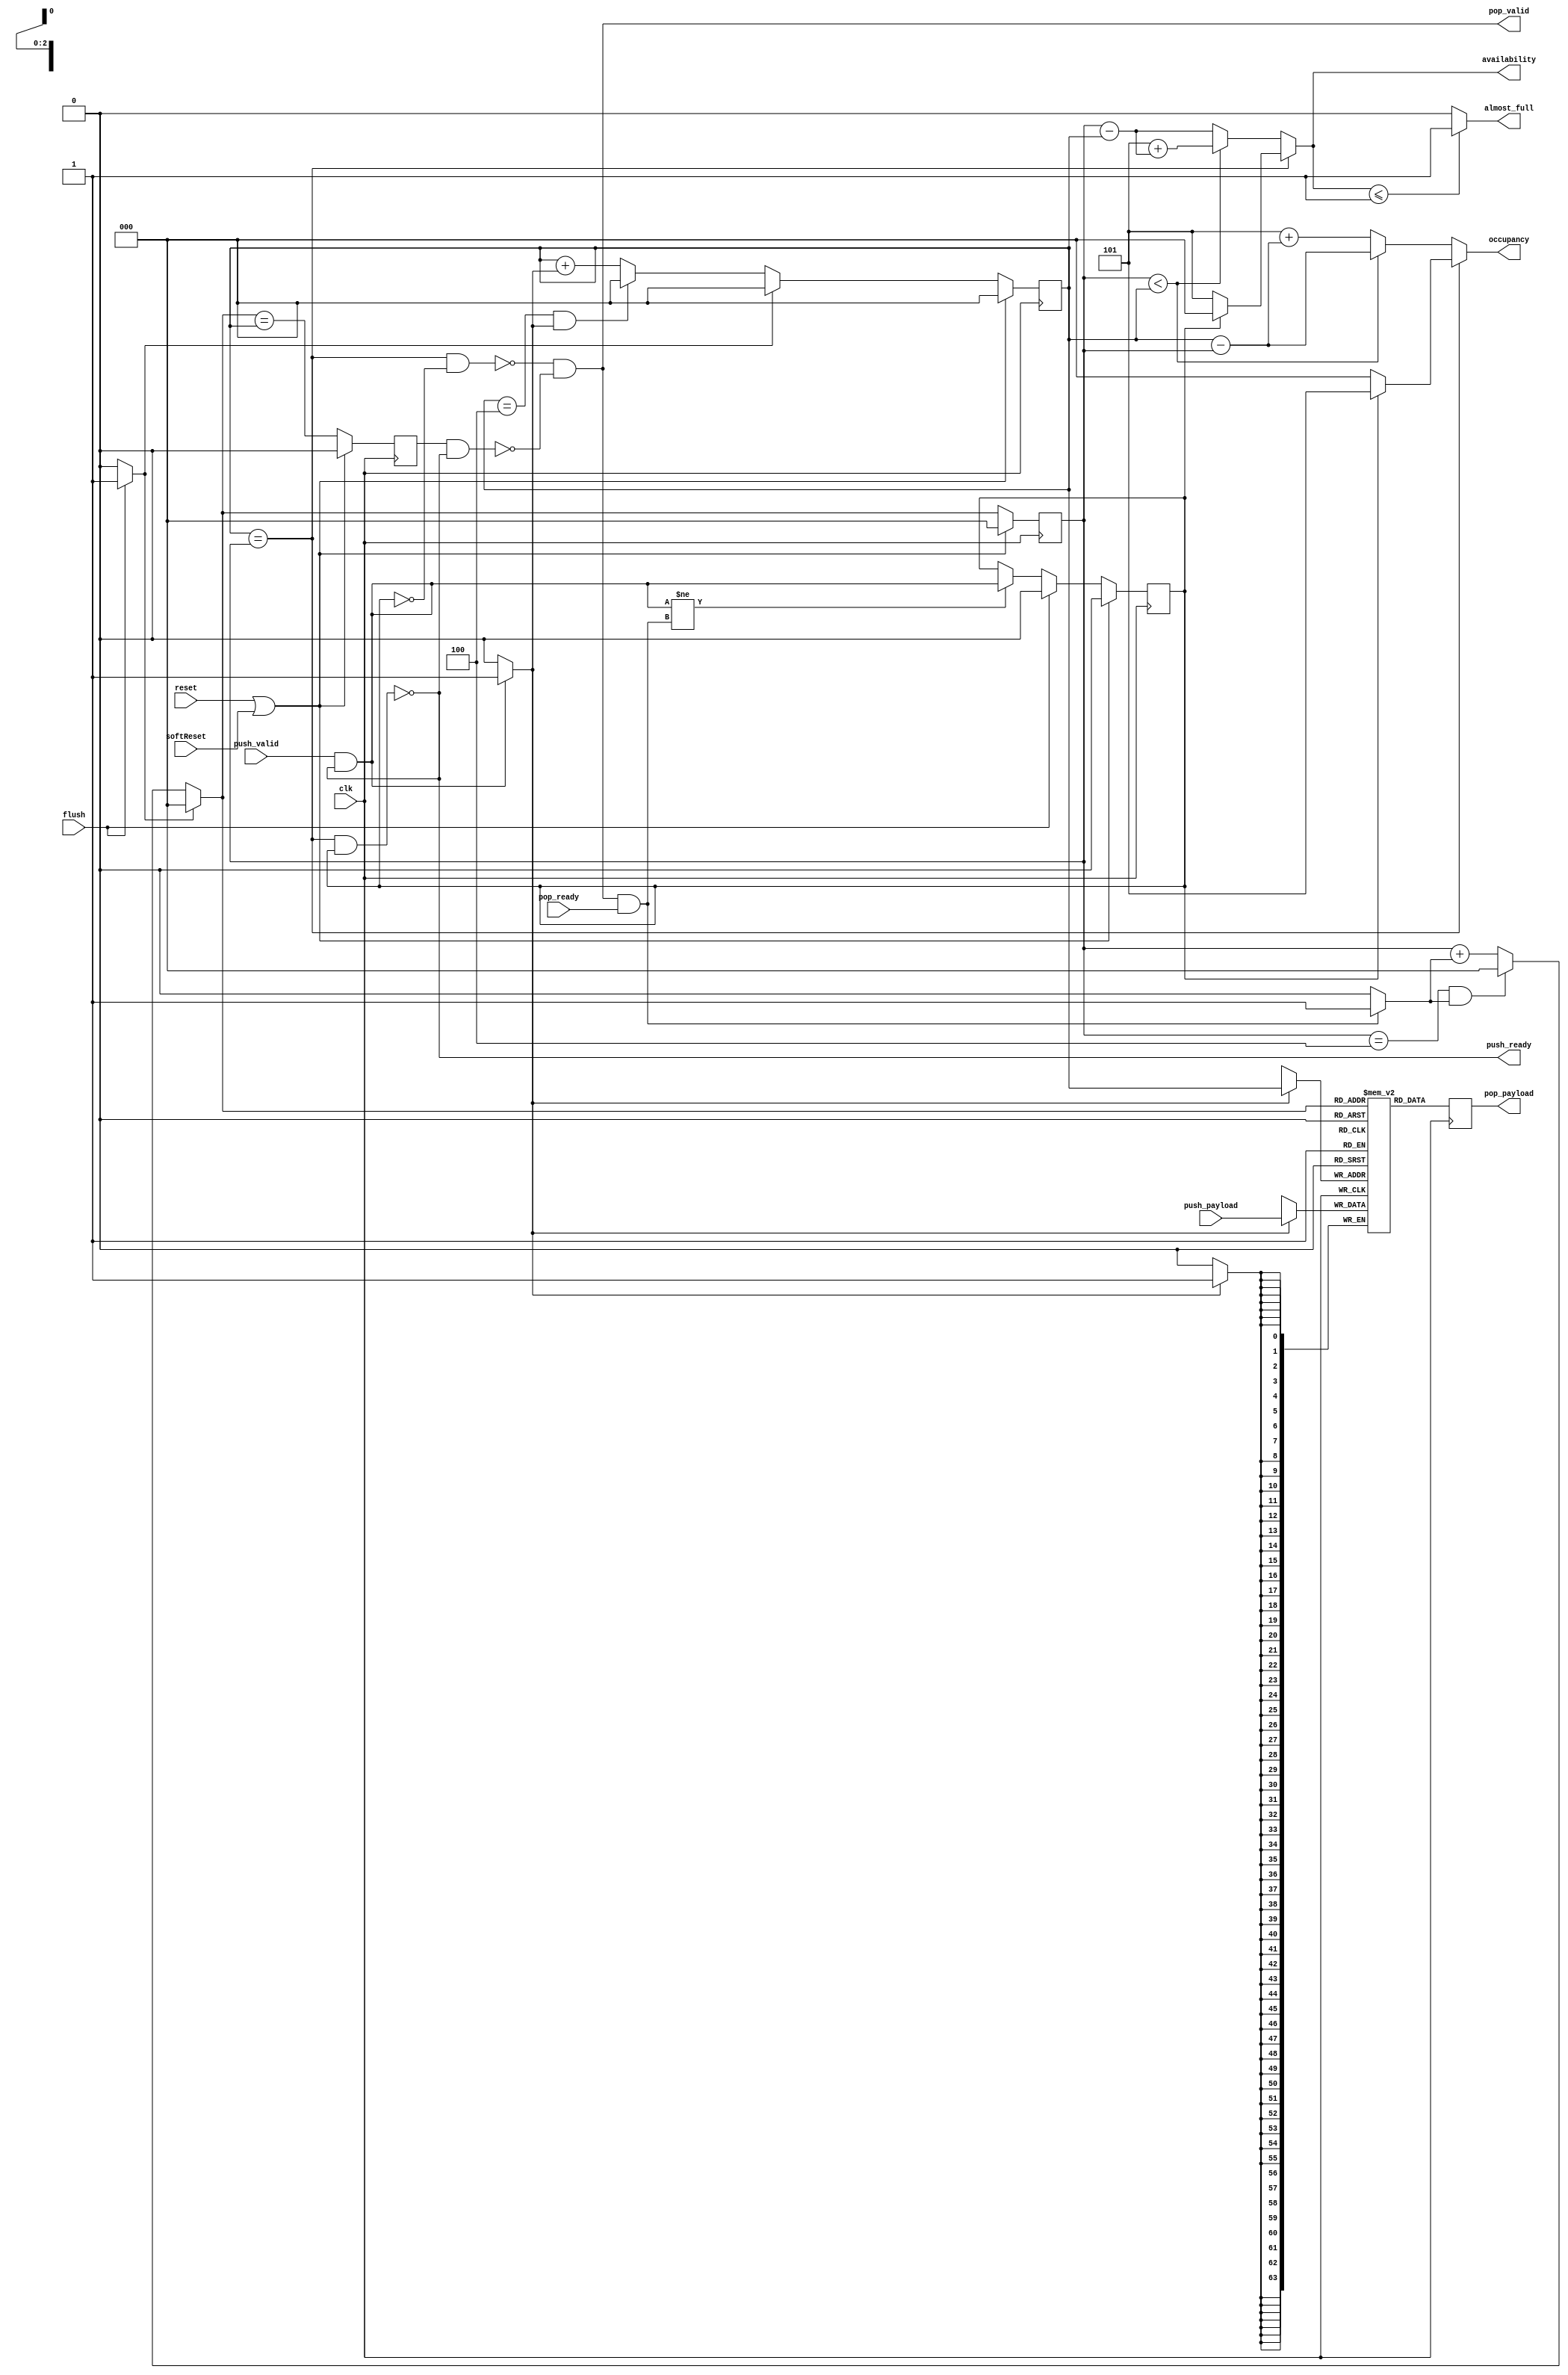
// Generator : SpinalHDL v1.7.3    git head : ed8004c489ee8a38c2cab309d0447b543fe9d5b8
// Component : WaStreamFifo

`timescale 1ns/1ps 
module WaStreamFifo (
  input               push_valid,
  output              push_ready,
  input      [63:0]   push_payload,
  output              pop_valid,
  input               pop_ready,
  output     [63:0]   pop_payload,
  input               flush,
  output reg [2:0]    occupancy,
  output reg [2:0]    availability,
  output reg          almost_full,
  input               clk,
  input               reset,
  input               softReset
);

  reg        [63:0]   _zz_logic_ram_port0;
  wire       [2:0]    _zz_logic_pushPtr_valueNext;
  wire       [0:0]    _zz_logic_pushPtr_valueNext_1;
  wire       [2:0]    _zz_logic_popPtr_valueNext;
  wire       [0:0]    _zz_logic_popPtr_valueNext_1;
  wire                _zz_logic_ram_port;
  wire                _zz_pop_payload;
  wire       [63:0]   _zz_logic_ram_port_1;
  wire       [2:0]    _zz_occupancy;
  wire       [2:0]    _zz_availability;
  wire       [2:0]    _zz_availability_1;
  wire       [2:0]    _zz_availability_2;
  reg                 _zz_1;
  reg                 logic_pushPtr_willIncrement;
  reg                 logic_pushPtr_willClear;
  reg        [2:0]    logic_pushPtr_valueNext;
  reg        [2:0]    logic_pushPtr_value;
  wire                logic_pushPtr_willOverflowIfInc;
  wire                logic_pushPtr_willOverflow;
  reg                 logic_popPtr_willIncrement;
  reg                 logic_popPtr_willClear;
  reg        [2:0]    logic_popPtr_valueNext;
  reg        [2:0]    logic_popPtr_value;
  wire                logic_popPtr_willOverflowIfInc;
  wire                logic_popPtr_willOverflow;
  wire                logic_ptrMatch;
  reg                 logic_risingOccupancy;
  wire                logic_pushing;
  wire                logic_popping;
  wire                logic_empty;
  wire                logic_full;
  reg                 _zz_pop_valid;
  wire                when_Stream_l1075;
  wire       [2:0]    logic_ptrDif;
  wire                when_WaFifo_l23;
  reg [63:0] logic_ram [0:4];

  assign _zz_logic_pushPtr_valueNext_1 = logic_pushPtr_willIncrement;
  assign _zz_logic_pushPtr_valueNext = {2'd0, _zz_logic_pushPtr_valueNext_1};
  assign _zz_logic_popPtr_valueNext_1 = logic_popPtr_willIncrement;
  assign _zz_logic_popPtr_valueNext = {2'd0, _zz_logic_popPtr_valueNext_1};
  assign _zz_occupancy = (3'b101 + logic_ptrDif);
  assign _zz_availability = (3'b101 + _zz_availability_1);
  assign _zz_availability_1 = (logic_popPtr_value - logic_pushPtr_value);
  assign _zz_availability_2 = (logic_popPtr_value - logic_pushPtr_value);
  assign _zz_pop_payload = 1'b1;
  assign _zz_logic_ram_port_1 = push_payload;
  always @(posedge clk) begin
    if(_zz_pop_payload) begin
      _zz_logic_ram_port0 <= logic_ram[logic_popPtr_valueNext];
    end
  end

  always @(posedge clk) begin
    if(_zz_1) begin
      logic_ram[logic_pushPtr_value] <= _zz_logic_ram_port_1;
    end
  end

  always @(*) begin
    _zz_1 = 1'b0;
    if(logic_pushing) begin
      _zz_1 = 1'b1;
    end
  end

  always @(*) begin
    logic_pushPtr_willIncrement = 1'b0;
    if(logic_pushing) begin
      logic_pushPtr_willIncrement = 1'b1;
    end
  end

  always @(*) begin
    logic_pushPtr_willClear = 1'b0;
    if(flush) begin
      logic_pushPtr_willClear = 1'b1;
    end
  end

  assign logic_pushPtr_willOverflowIfInc = (logic_pushPtr_value == 3'b100);
  assign logic_pushPtr_willOverflow = (logic_pushPtr_willOverflowIfInc && logic_pushPtr_willIncrement);
  always @(*) begin
    if(logic_pushPtr_willOverflow) begin
      logic_pushPtr_valueNext = 3'b000;
    end else begin
      logic_pushPtr_valueNext = (logic_pushPtr_value + _zz_logic_pushPtr_valueNext);
    end
    if(logic_pushPtr_willClear) begin
      logic_pushPtr_valueNext = 3'b000;
    end
  end

  always @(*) begin
    logic_popPtr_willIncrement = 1'b0;
    if(logic_popping) begin
      logic_popPtr_willIncrement = 1'b1;
    end
  end

  always @(*) begin
    logic_popPtr_willClear = 1'b0;
    if(flush) begin
      logic_popPtr_willClear = 1'b1;
    end
  end

  assign logic_popPtr_willOverflowIfInc = (logic_popPtr_value == 3'b100);
  assign logic_popPtr_willOverflow = (logic_popPtr_willOverflowIfInc && logic_popPtr_willIncrement);
  always @(*) begin
    if(logic_popPtr_willOverflow) begin
      logic_popPtr_valueNext = 3'b000;
    end else begin
      logic_popPtr_valueNext = (logic_popPtr_value + _zz_logic_popPtr_valueNext);
    end
    if(logic_popPtr_willClear) begin
      logic_popPtr_valueNext = 3'b000;
    end
  end

  assign logic_ptrMatch = (logic_pushPtr_value == logic_popPtr_value);
  assign logic_pushing = (push_valid && push_ready);
  assign logic_popping = (pop_valid && pop_ready);
  assign logic_empty = (logic_ptrMatch && (! logic_risingOccupancy));
  assign logic_full = (logic_ptrMatch && logic_risingOccupancy);
  assign push_ready = (! logic_full);
  assign pop_valid = ((! logic_empty) && (! (_zz_pop_valid && (! logic_full))));
  assign pop_payload = _zz_logic_ram_port0;
  assign when_Stream_l1075 = (logic_pushing != logic_popping);
  assign logic_ptrDif = (logic_pushPtr_value - logic_popPtr_value);
  always @(*) begin
    if(logic_ptrMatch) begin
      occupancy = (logic_risingOccupancy ? 3'b101 : 3'b000);
    end else begin
      occupancy = ((logic_popPtr_value < logic_pushPtr_value) ? logic_ptrDif : _zz_occupancy);
    end
  end

  always @(*) begin
    if(logic_ptrMatch) begin
      availability = (logic_risingOccupancy ? 3'b000 : 3'b101);
    end else begin
      availability = ((logic_popPtr_value < logic_pushPtr_value) ? _zz_availability : _zz_availability_2);
    end
  end

  assign when_WaFifo_l23 = (availability <= 3'b001);
  always @(*) begin
    if(when_WaFifo_l23) begin
      almost_full = 1'b1;
    end else begin
      almost_full = 1'b0;
    end
  end

  always @(posedge clk) begin
    if(reset || softReset) begin
      logic_pushPtr_value <= 3'b000;
      logic_popPtr_value <= 3'b000;
      logic_risingOccupancy <= 1'b0;
      _zz_pop_valid <= 1'b0;
    end else begin
      logic_pushPtr_value <= logic_pushPtr_valueNext;
      logic_popPtr_value <= logic_popPtr_valueNext;
      _zz_pop_valid <= (logic_popPtr_valueNext == logic_pushPtr_value);
      if(when_Stream_l1075) begin
        logic_risingOccupancy <= logic_pushing;
      end
      if(flush) begin
        logic_risingOccupancy <= 1'b0;
      end
    end
  end


endmodule